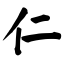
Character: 仁